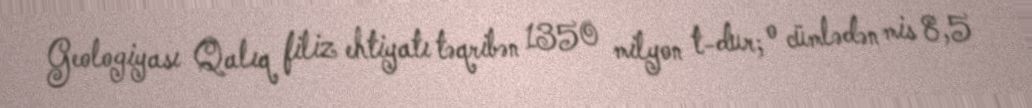
Geologiyası Qalıq filiz ehtiyatı təqribən 1350 milyon t-dur; o cümlədən mis 8,5